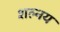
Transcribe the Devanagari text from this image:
शल्नय